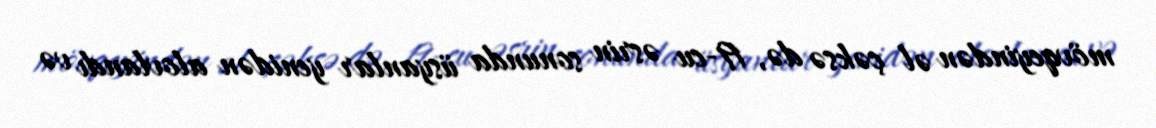
mövqeyindən əl çəksə də, 19-cu əsrin sonunda üsyanlar yenidən alovlandı və